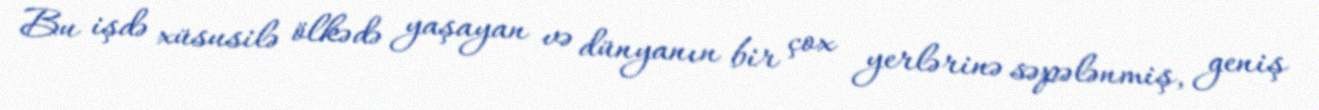
Bu işdə xüsusilə ölkədə yaşayan və dünyanın bir çox yerlərinə səpələnmiş, geniş